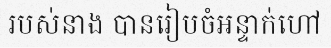
របស់នាង បានរៀបចំអន្ទាក់ហៅ